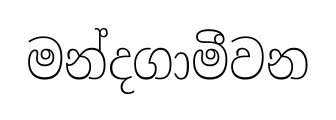
මන්දගාමීවන